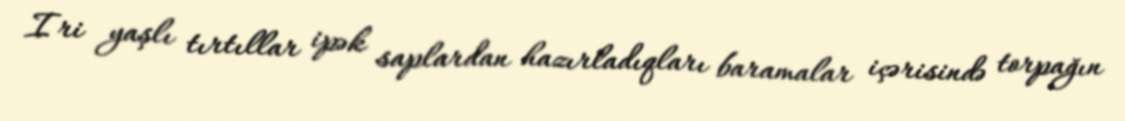
Iri yaşlı tırtıllar ipək saplardan hazırladıqları baramalar içərisində torpağın